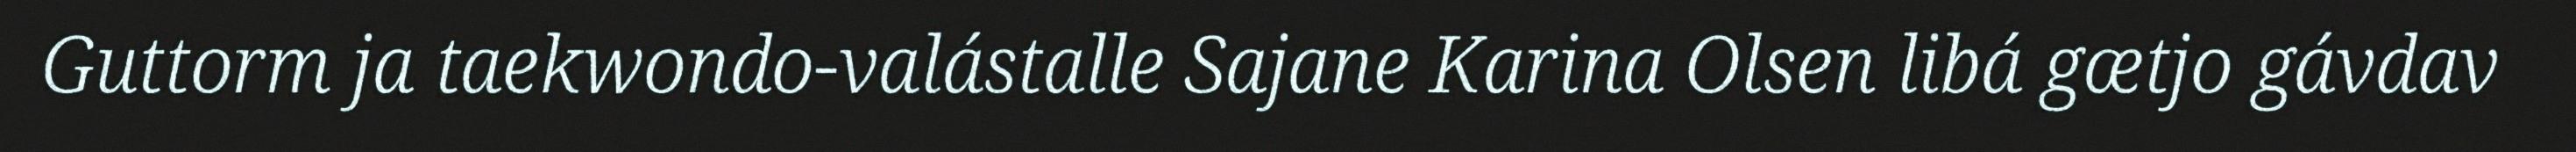
Guttorm ja taekwondo-valástalle Sajane Karina Olsen libá gætjo gávdav